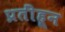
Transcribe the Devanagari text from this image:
प्रतींहून